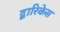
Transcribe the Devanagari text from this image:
द्वारिकेस